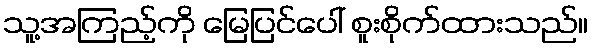
သူ့အကြည့်ကို မြေပြင်ပေါ် စူးစိုက်ထားသည်။